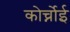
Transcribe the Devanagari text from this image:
कोर्च्नोई